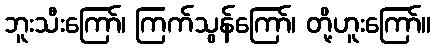
ဘူးသီးကြော်၊ ကြက်သွန်ကြော်၊ တို့ဟူးကြော်။